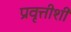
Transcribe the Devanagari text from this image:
प्रवृत्तीशी